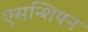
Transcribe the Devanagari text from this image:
एसन्शियन